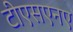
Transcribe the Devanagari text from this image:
टीएसएनए